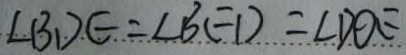
\angle B D E = \angle B E D = \angle D O E